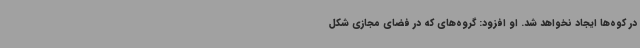
در کوه‌ها ایجاد نخواهد شد. او افزود: گروه‌های که در فضای مجازی شکل